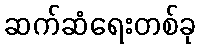
ဆက်ဆံရေးတစ်ခု